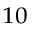
^ { 1 0 }